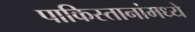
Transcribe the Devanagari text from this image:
पाकिस्तानांमध्ये